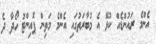
އެންމެ ރައުންޑެއް ކުޅޭ އެ މުބާރަތުގައި އެންމެ މަތިން ޕޮއިންޓު ހޯދާ ދެ